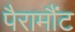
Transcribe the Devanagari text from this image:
पैरामौंट